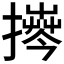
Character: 𱠹